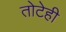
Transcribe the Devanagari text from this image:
तोटेही